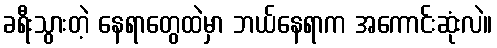
ခရီးသွားတဲ့ နေရာတွေထဲမှာ ဘယ်နေရာက အကောင်းဆုံးလဲ။